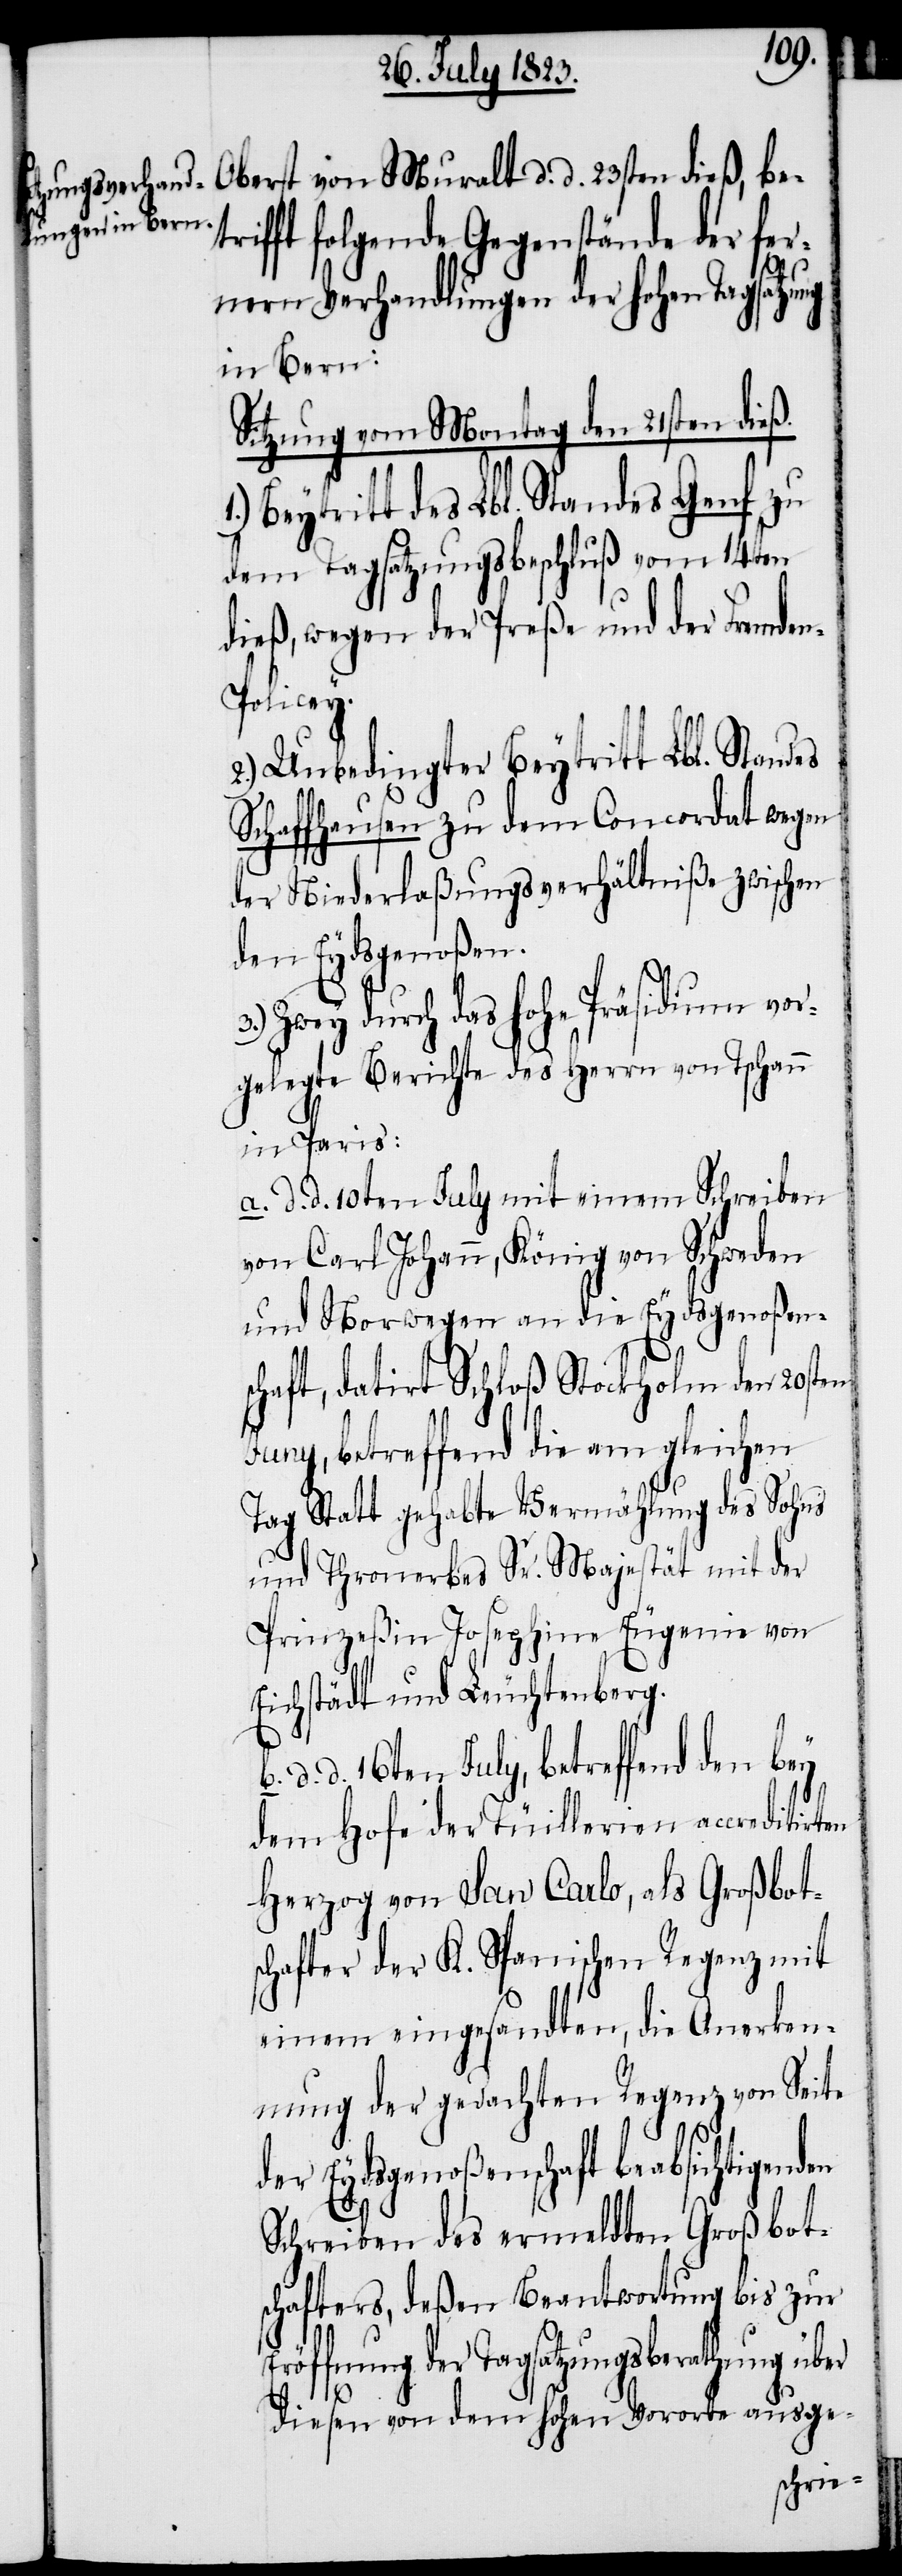
ung in Bern:
rifft folgende Gegenstände der fer¬
nern Verhandlungen der hohen Tagsatz¬
Sitzung vom Montag den 21sten dieß.
Beytritt des Lbl. Standes Genf zu
dem Tagsatzungsbeschluß vom 14ten
dieß, wegen der Preße und der Fremde¬
n-Policey.
2.) Unbedingter Beytritt Lbl. Standes
Schaffhausen zu dem Concordat wegen
der Niederlaßungsverhältniße zwischen
den Eydsgenoßen.
Zwey durch das hohe Präsidium vor¬
gelegte Berichte des Herrn von Tschann
in Paris:
a. d. d. 10ten July mit einem Schreiben
von Carl Johann, König von Schweden
und Norwegen an die Eydsgenoßen¬
schaft, datirt Schloß Stockholm den 20sten
Juny, betreffend die am gleichen
Tag Statt gehabte Vermählung des Sohns
und Thronerbes Sr. Majestät mit der
Prinzeßin Josephine Eugenie von
Eichstädt und Leuchtenberg.
d. 16ten July, betreffend den bey
dem Hofe der Tüillerien accreditirten
Herzog von San Carlo, als Großbot¬
schafter der K. Spanischen Regenz mit
einem eingesandten, die Anerken¬
nung der gedachten Regenz von Seite
der Eydsgenoßenschaft beabsichtigenden
Schreiben des ermeldten Großbot¬
schafters, deßen Beantwortung bis zur
Eröffnung der Tagsatzungsberathung über
diesen von dem hohen Vororte ausge-